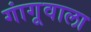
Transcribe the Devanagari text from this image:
गांगूवाला